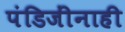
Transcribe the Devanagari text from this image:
पंडिजींनाही